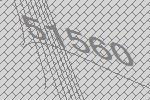
51560